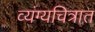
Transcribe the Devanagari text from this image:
व्यंग्यचित्रात